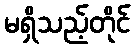
မရှိသည့်တိုင်